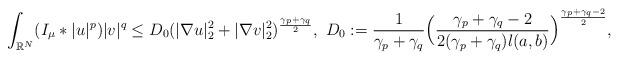
LaTeX: \begin{align*}\int_{\mathbb{R}^N}(I_\mu*|u|^{p})|v|^{q}\leq D_0(|\nabla u|^2_2+|\nabla v|^2_2)^{\frac{\gamma_p+\gamma_q}{2}},\ D_0:=\frac{1}{\gamma_p+\gamma_q}\Bigl(\frac{\gamma_p+\gamma_q-2}{2(\gamma_p+\gamma_q)l(a,b)}\Bigr)^{\frac{\gamma_p+\gamma_q-2}{2}},\end{align*}